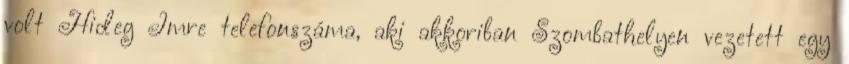
volt Hideg Imre telefonszáma, aki akkoriban Szombathelyen vezetett egy